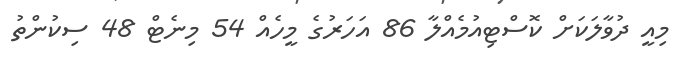
މިއީ ދުވާލަކަށް ކޮސްޓިއުމެއްލާ 86 އަހަރުގެ މީހެއް 54 މިނެޓް 48 ސިކުންތު